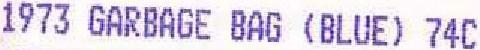
1973 GARBAGE BAG (BLUE) 74C